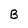
Character: B